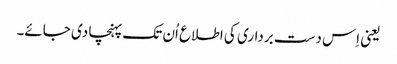
یعنی اِس دست برداری کی اطلاع اُن تک پہنچا دی جائے۔